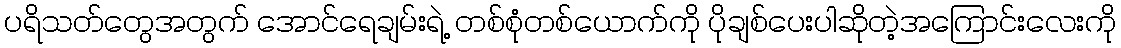
ပရိသတ်တွေအတွက် အောင်ရေချမ်းရဲ့ တစ်စုံတစ်ယောက်ကို ပိုချစ်ပေးပါဆိုတဲ့အကြောင်းလေးကို